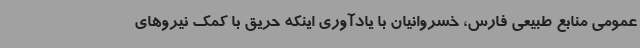
عمومی منابع طبیعی فارس، خسروانیان با یادآوری اینکه حریق با کمک نیروهای